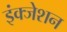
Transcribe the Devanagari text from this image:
इंक्जेशन